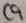
Text: C9